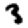
Digit: 3